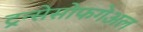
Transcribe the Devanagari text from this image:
ट्रन्सेसोफगेअल